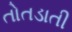
તોતડાતી